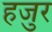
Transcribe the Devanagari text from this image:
हजुर